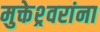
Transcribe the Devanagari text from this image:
मुक्तेश्र्वरांना